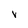
Character: v